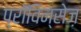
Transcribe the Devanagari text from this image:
प्राॅविन्सेज़